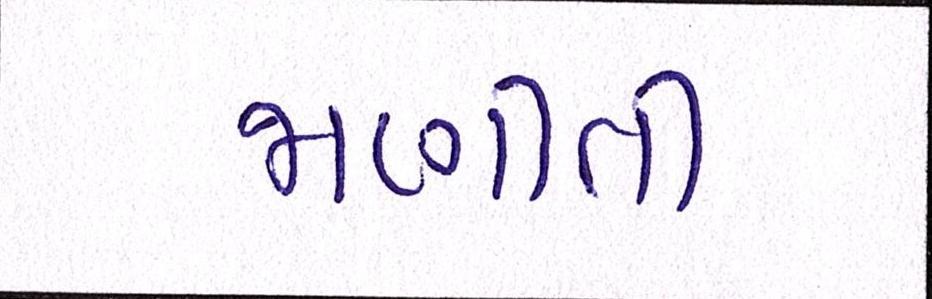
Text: જાણીતી